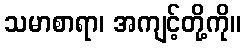
သမာစာရာ၊ အကျင့်တို့ကို။